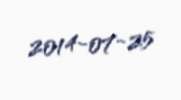
2014-07-25